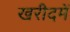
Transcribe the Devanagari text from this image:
खरीदमें